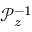
\mathcal { P } _ { z } ^ { - 1 }